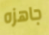
جاهزه